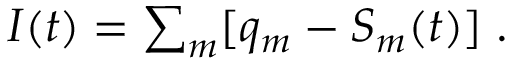
\begin{array} { r } { I ( t ) = \sum _ { m } [ q _ { m } - S _ { m } ( t ) ] \; . } \end{array}